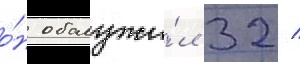
о́н обслужи́л 32 /